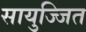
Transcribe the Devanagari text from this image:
सायुज्जित